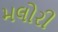
મલોરી